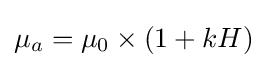
\mu _{a}={{\mu _{0}}\times {(1+kH)}}